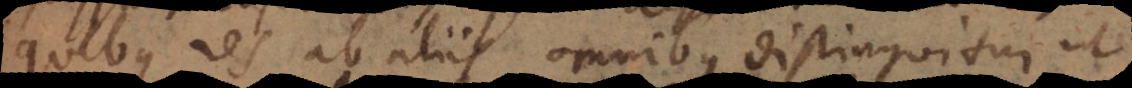
quibus res ab aliis omnibus distinguitur, ut